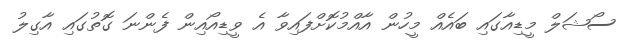
ސޯޝަލް މީޑިއާގައި ބައެއް މީހުން އާއްމުކޮށްފައިވާ އެ ވީޑިއޯއިން ފެންނަ ގޮތުގައި އާގިލު